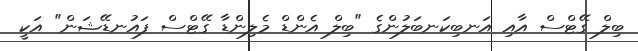
ބިލް ގޭޓްސް އާއި އަނބިކަނބަލުންގެ "ބިލް އެންޑް މެލިންޑާ ގޭޓްސް ފައުނޑޭޝަން" އަކީ